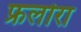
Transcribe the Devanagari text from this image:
फ्रलोरा